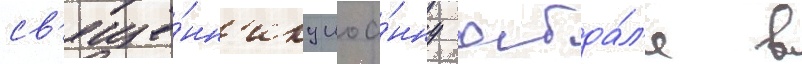
св'яще́нн'ику иоа́нну абда́л'е в